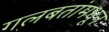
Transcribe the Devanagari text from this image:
गलबतांमधून